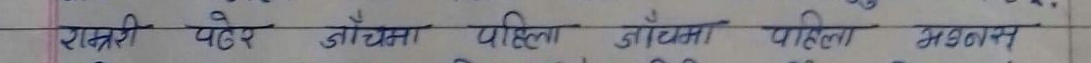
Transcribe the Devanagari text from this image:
रात्री पटेर जौमा पहिला जोम्रा पहिला भकान